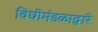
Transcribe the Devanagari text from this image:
विधीमंडळाद्वारे